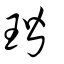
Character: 瑎